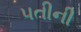
પતીની